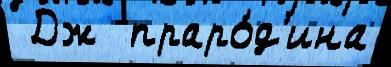
 Дж  праро́д'ина